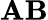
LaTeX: \mathbf{AB}